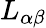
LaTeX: L_{\alpha\beta}